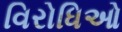
વિરોધિઓ